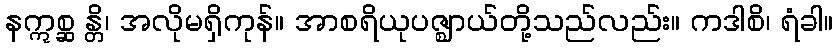
နဣစ္ဆ န္တိ၊ အလိုမရှိကုန်။ အာစရိယုပဇ္ဈာယ်တို့သည်လည်း။ ကဒါစိ၊ ရံခါ။